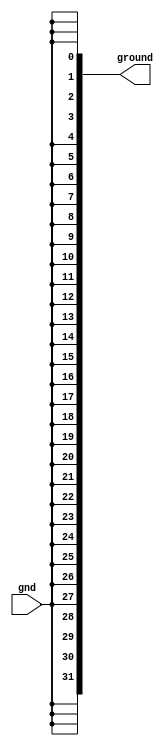


// file gnd_extend.v


module gnd_extend(
	input wire gnd,
	output reg [31:0] ground);
	
	always @* begin
		ground <= {32{gnd}};
	end
endmodule